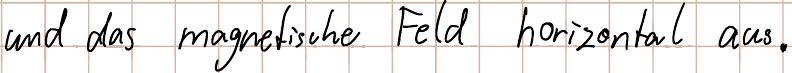
und das magnetische Feld horizontal aus.